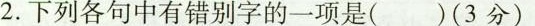
2.下列各句中有错别字的一项是( )(3分)